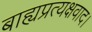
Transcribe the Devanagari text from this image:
बाह्यप्रत्यक्षवाद।